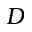
D